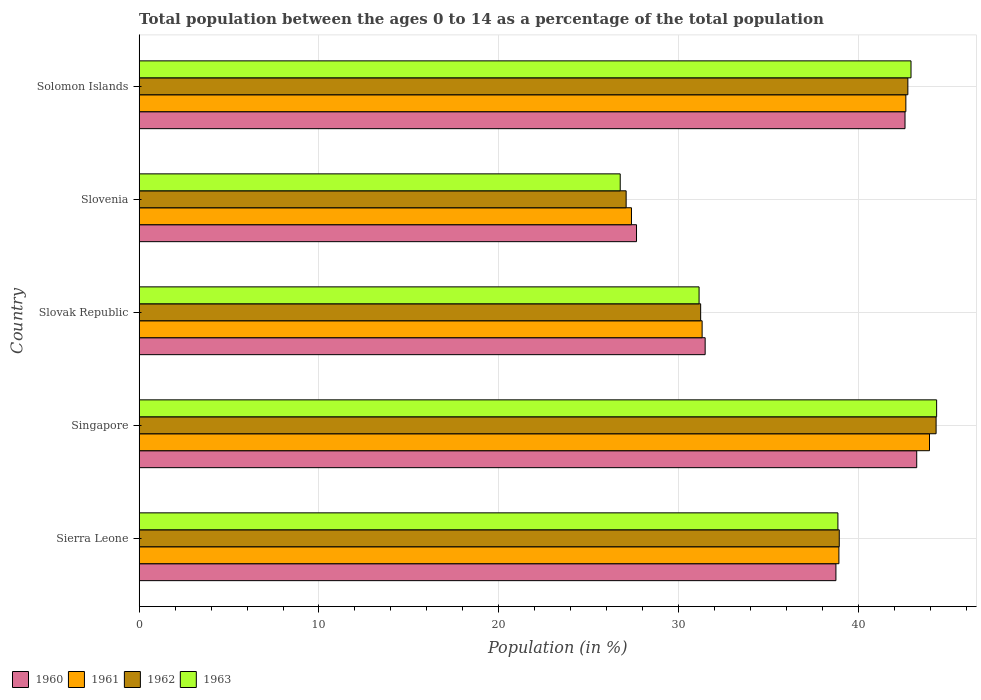
| Country | 1960 | 1961 | 1962 | 1963 |
 | --- | --- | --- | --- | --- |
 | Sierra Leone | 38.8 | 38.9 | 38.9 | 38.9 |
 | Singapore | 43.2 | 44 | 44.3 | 44.4 |
 | Slovak Republic | 31.5 | 31.3 | 31.2 | 31.1 |
 | Slovenia | 27.7 | 27.4 | 27.1 | 26.8 |
 | Solomon Islands | 42.6 | 42.6 | 42.8 | 42.9 |